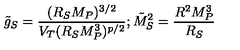
\tilde { g } _ { S } = { \frac { ( R _ { S } M _ { P } ) ^ { 3 / 2 } } { V _ { T } ( R _ { S } M _ { P } ^ { 3 } ) ^ { p / 2 } } } ; \tilde { M } _ { S } ^ { 2 } = { \frac { R ^ { 2 } M _ { P } ^ { 3 } } { R _ { S } } }